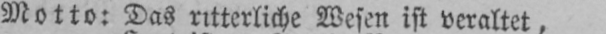
Motto: Das ritterliche Wesen ist veraltet,